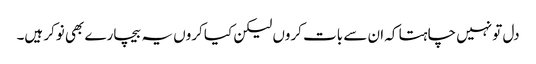
دل تو نہیں چاہتا کہ ان سے بات کروں لیکن کیا کروں یہ بیچارے بھی نوکر ہیں۔